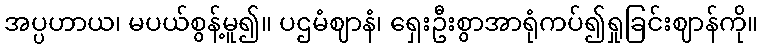
အပ္ပဟာယ၊ မပယ်စွန့်မူ၍။ ပဌမံဈာနံ၊ ရှေးဦးစွာအာရုံကပ်၍ရှုခြင်းဈာန်ကို။